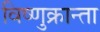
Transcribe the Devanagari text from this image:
विष्णुक्रान्ता